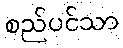
စည်ပင်သာ